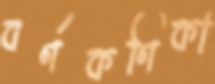
বর্ণকণিকা